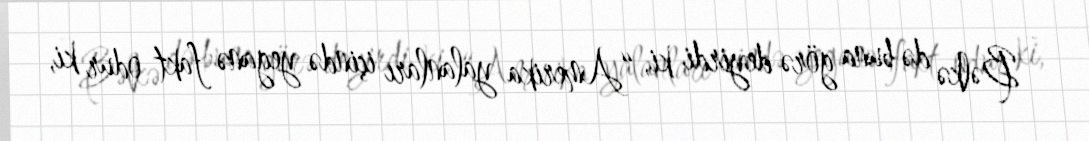
- Bəlkə də buna görə deyirdi ki, “Amerika yalanları içində yeganə fakt odur ki,